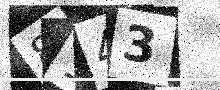
Text: 8143